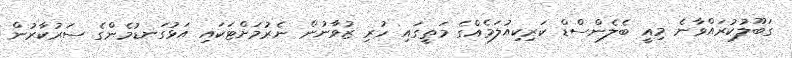
ގަބޫލުކުރައްވާނެ މިއީ ބެލެންސްޑް ކަރިކިއުލަމެއްގެ މަތީގައި ހުރި ޒުވާނުން ނެރުމަށްޓަކައި އަޅުގަނޑުމެންގެ ސަރުކާރުން